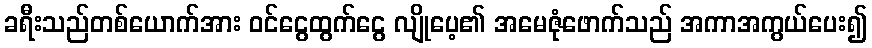
ခရီးသည်တစ်ယောက်အား ဝင်ငွေထွက်ငွေ လျိုပေ့၏ အမေဇုံဖောက်သည် အကာအကွယ်ပေး၍